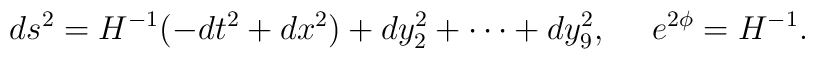
ds^2=H^{-1}(-dt^2+dx^2)+dy^2_2+\cdots+dy^2_9,\ \ \ \ e^{2\phi}=H^{-1}.